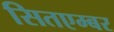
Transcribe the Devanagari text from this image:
सितएम्बर